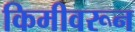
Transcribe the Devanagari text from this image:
किमीवरून